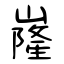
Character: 嶐